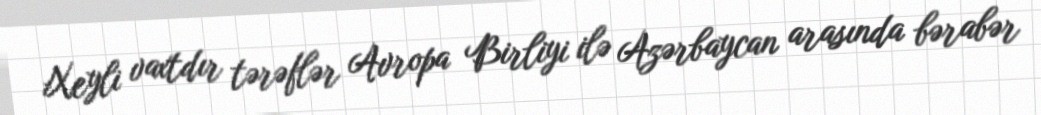
Xeyli vaxtdır tərəflər Avropa Birliyi ilə Azərbaycan arasında bərabər